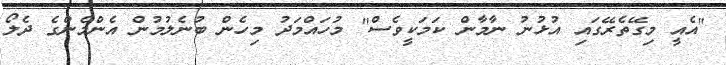
"އެއީ މިގޭތެރޭގައި އުޅުނު ނާމާން ކަމަކީވެސް" މުހައްމަދު މިހެން ބުނެލުމުން އެންމެންގެ ދެލޯ